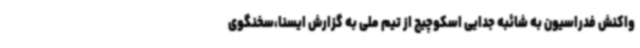
واکنش فدراسیون به شائبه جدایی اسکوچیچ از تیم ملی به گزارش ایسنا،سخنگوی